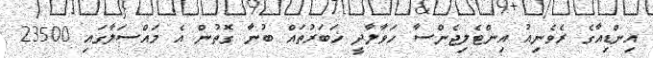
އިންޑިއާގެ ރެވެނިއު އިންޓެލިޖެންސާ ހަވާލާދީ ޚަބަރުތައް ބުނާ ގޮތުން އެ މައްސަލާގައި 23500